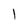
Character: l